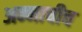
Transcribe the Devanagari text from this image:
अन्नाचीच